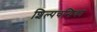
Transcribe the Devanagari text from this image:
शिल्पचन्द्रिका